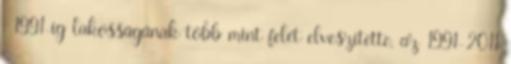
, 1991-ig lakosságának több mint felét elveszítette, az 1991-2011